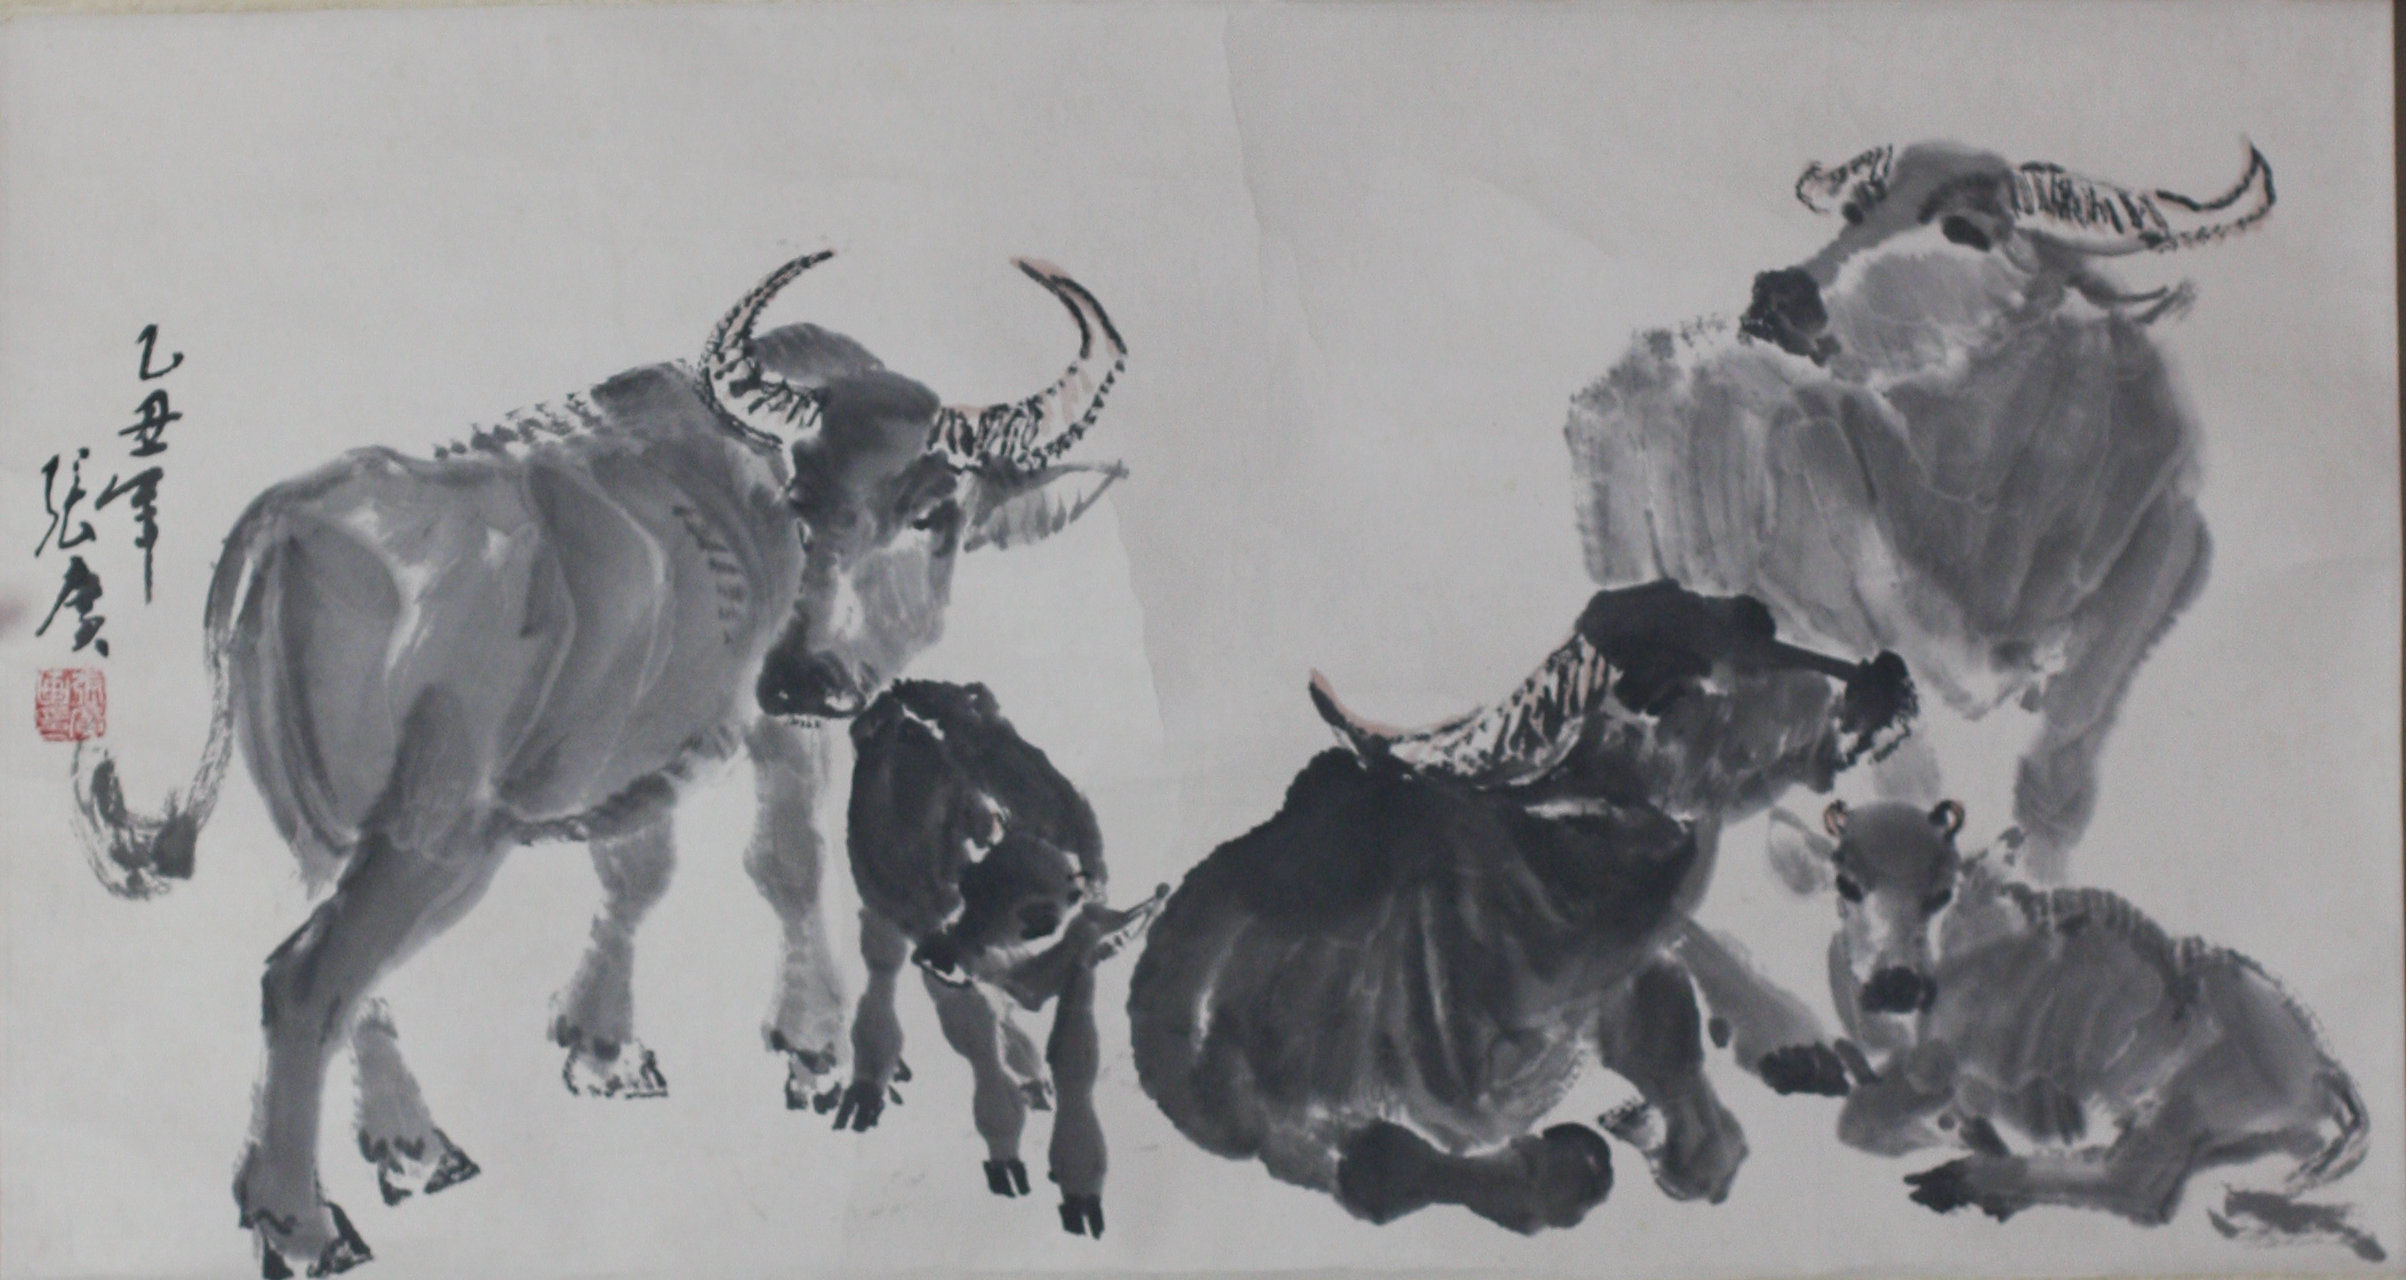
牛群食草莫相触，官家截尔头上角。